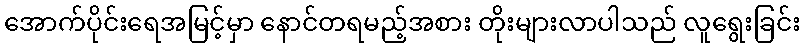
အောက်ပိုင်းရေအမြင့်မှာ နောင်တရမည့်အစား တိုးများလာပါသည် လူရွေးခြင်း